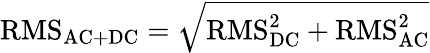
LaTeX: {\mathrm{RMS}}_{\mathrm{AC+DC}}={\sqrt{{\mathrm{RMS}}_{\mathrm{DC}}^{2}+{\mathrm{RMS}}_{\mathrm{AC}}^{2}}}